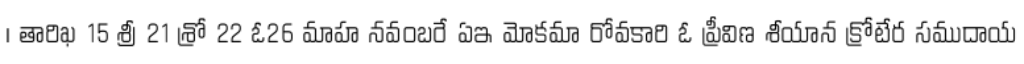
। తారిఖ 15 శ్రీ 21 శ్రో 22 ఓ26 మాహ నవంబరే ఏఇ మోకమా రోవకారి ఓ ప్రీవిణ శీయాన క్రోటేర సముదాయ